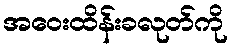
အဝေးထိန်းခလုတ်ကို